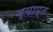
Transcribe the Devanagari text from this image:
ब्याप्त